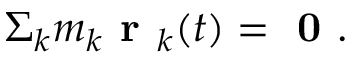
\Sigma _ { k } m _ { k } \textbf { r } _ { k } ( t ) = \textbf { 0 } .